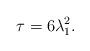
LaTeX: \begin{align*} \tau=6\lambda_{1}^{2}.\end{align*}